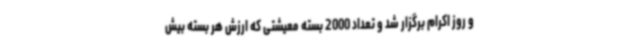
و روز اکرام برگزار شد و تعداد 2000 بسته معیشتی که ارزش هر بسته بیش